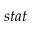
s t a t